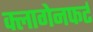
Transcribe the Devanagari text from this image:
क्लागेनफर्ट